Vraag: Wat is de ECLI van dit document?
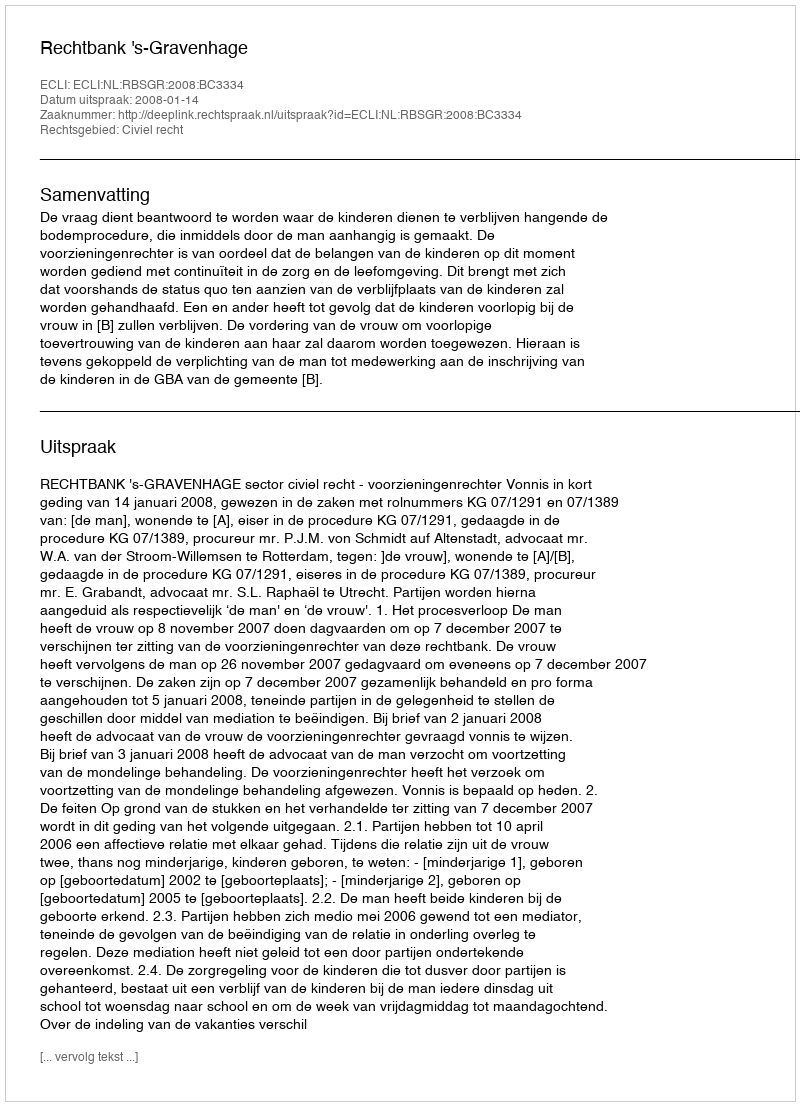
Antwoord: ECLI:NL:RBSGR:2008:BC3334